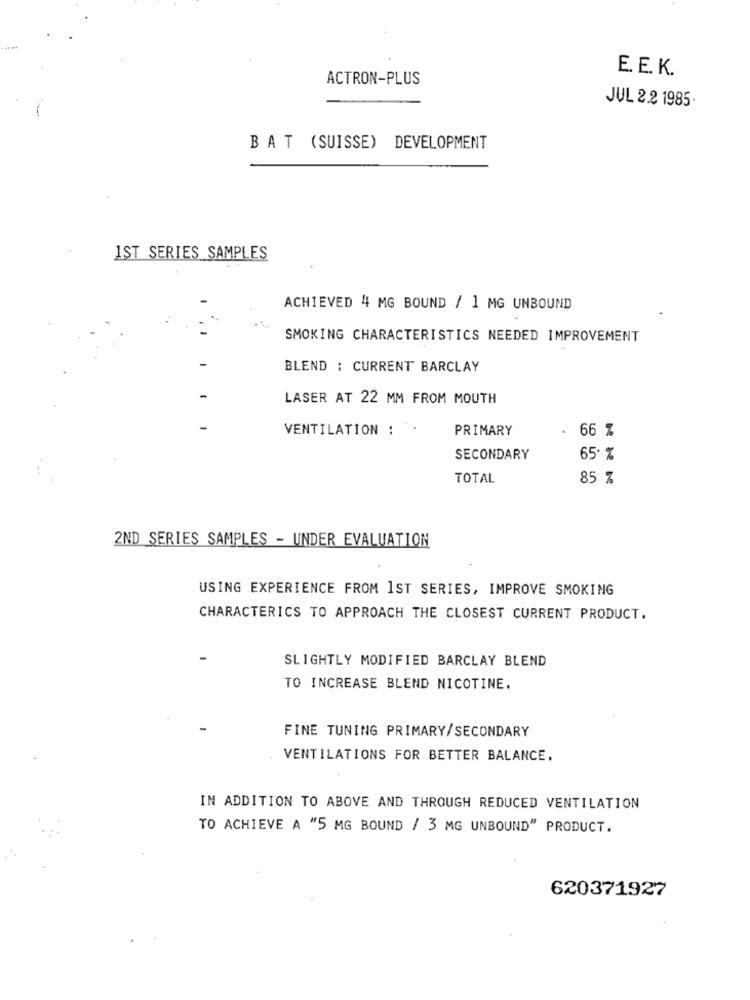
E. E. K.
ACTRON-PLUS
JUL 2.2 1985·
BAT (SUISSE) DEVELOPMENT
1ST SERIES SAMPLES
ACHIEVED 4 MG BOUND / 1 MG UNBOUND
SMOKING CHARACTERISTICS NEEDED IMPROVEMENT
BLEND : CURRENT BARCLAY
LASER AT 22 MM FROM MOUTH
VENTILATION :
PRIMARY
.
66 %
SECONDARY
65 %
TOTAL
85 %
2ND SERIES SAMPLES - UNDER EVALUATION
USING EXPERIENCE FROM 1ST SERIES, IMPROVE SMOKING
CHARACTERICS TO APPROACH THE CLOSEST CURRENT PRODUCT.
SLIGHTLY MODIFIED BARCLAY BLEND
TO INCREASE BLEND NICOTINE.
FINE TUNING PRIMARY/SECONDARY
VENTILATIONS FOR BETTER BALANCE.
IN ADDITION TO ABOVE AND THROUGH REDUCED VENTILATION
TO ACHIEVE A "5 MG BOUND / 3 MG UNBOUND" PRODUCT.
620371927